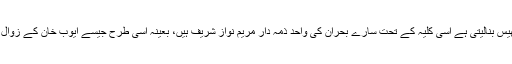
غرضیکہ عقل عیار ہر بار نیا بھیس بنالیتی ہے اسی کلیہ کے تحت سارے بحران کی واحد ذمہ دار مریم نواز شریف ہیں، بعینہ اسی طرح جیسے ایوب خان کے زوال کے ذمہ دار ان کے بیٹے تھے۔